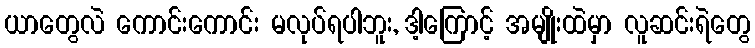
ယာတွေလဲ ကောင်းကောင်း မလုပ်ရပါဘူး, ဒါ့ကြောင့် အမျိုးထဲမှာ လူဆင်းရဲတွေ